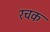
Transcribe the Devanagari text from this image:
रचक